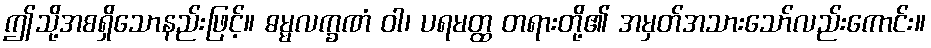
ဤသို့အစရှိသောနည်းဖြင့်။ ဓမ္မလက္ခဏံ ဝါ၊ ပရမတ္ထ တရားတို့၏ အမှတ်အသားသော်လည်းကောင်း။